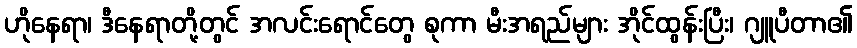
ဟိုနေရာ၊ ဒီနေရာတို့တွင် အလင်းရောင်တွေ စုကာ မီးအရည်များ အိုင်ထွန်းပြီး၊ ဂျူပီတာ၏